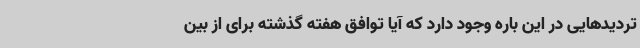
تردیدهایی در این باره وجود دارد که آیا توافق هفته گذشته برای از بین